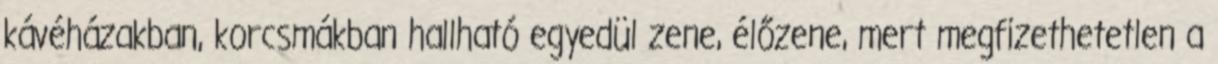
kávéházakban, korcsmákban hallható egyedül zene, élőzene, mert megfizethetetlen a